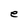
Character: e